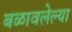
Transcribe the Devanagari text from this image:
बळावलेल्या